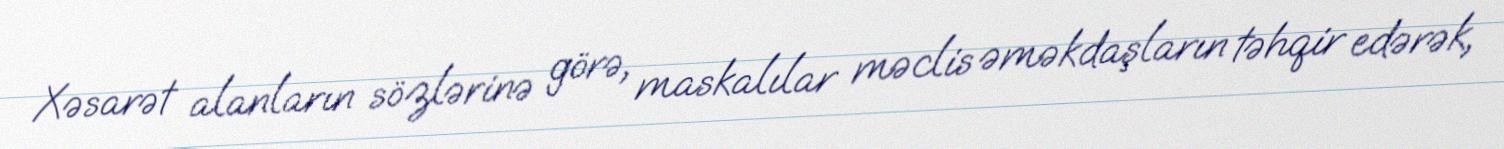
Xəsarət alanların sözlərinə görə, maskalılar məclis əməkdaşların təhqir edərək,